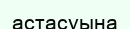
астасуына